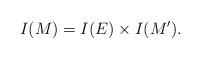
LaTeX: \begin{align*} I(M)=I(E)\times I(M').\end{align*}